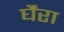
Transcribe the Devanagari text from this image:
र्घैंरा